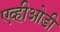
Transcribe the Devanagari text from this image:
एव्हीओडी